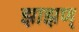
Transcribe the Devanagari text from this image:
झाझण्